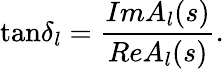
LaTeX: \mathrm{tan}{\delta}_{l}={\frac{Im{A}_{l}(s)}{Re{A}_{l}(s)}}.